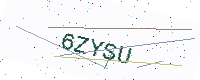
Text: 6ZYSU